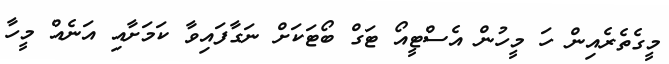
މީގެތެރެއިން ހަ މީހުން އެސްޓީއޯ ޓަގް ބޯޓަކަށް ނަގާފައިވާ ކަމަށާއި އަނެއް މީހާ